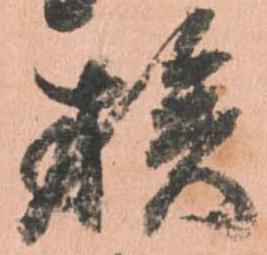
族